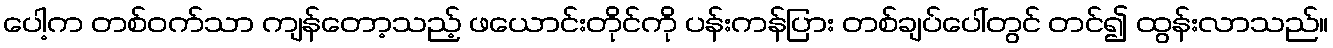
ပေါ့က တစ်ဝက်သာ ကျန်တော့သည့် ဖယောင်းတိုင်ကို ပန်းကန်ပြား တစ်ချပ်ပေါ်တွင် တင်၍ ထွန်းလာသည်။